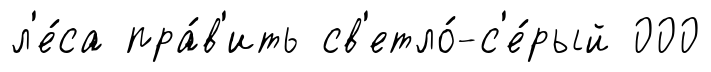
л'е́са пра́в'ить св'етло́-с'е́рый 000